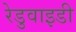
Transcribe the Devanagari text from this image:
रेडुवाइडी